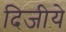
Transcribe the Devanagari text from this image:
दिजीये